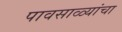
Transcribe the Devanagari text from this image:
पावसाळ्यांचा